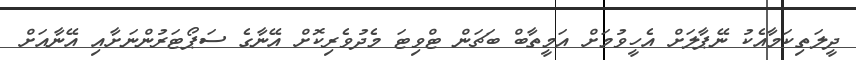
ދީލަތިކަމާއެކު ނޭޕާލަށް އެހީވުމަށް އަމީތާބް ބަޗަން ޓްވިޓަ މެދުވެރިކޮށް އޭނާގެ ސަޕޯޓަރުންނަށާއި އޭނާއަށް